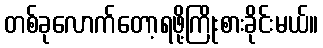
တစ်ခုလောက်တော့ရဖို့ကြိုးစားခိုင်းမယ်။